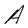
Character: A